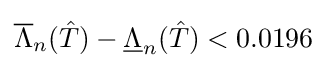
{\overline {\Lambda }}_{n}({\hat {T}})-{\underline {\Lambda }}_{n}({\hat {T}})<0.0196